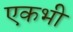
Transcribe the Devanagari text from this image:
एकभी